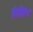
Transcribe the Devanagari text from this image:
लैसिंग